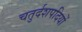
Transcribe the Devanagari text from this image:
चतुर्दशपदियों